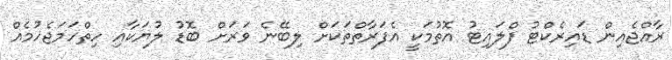
ރާއްޖެއިން ޑައިރެކްޓު ފްލައިޓު އޮތުމަކީ އެފަރާތްތަކަށް ލިބޭނެ ވަރަށް ބޮޑު ލުޔަކާއި ހިތްހަމަޖެހުމެއް